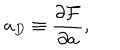
a _ { D } \equiv \frac { \partial { \cal F } } { \partial a } ,